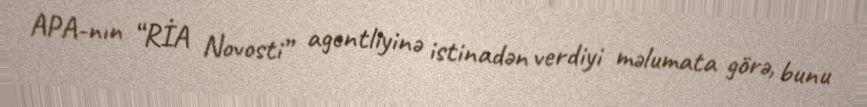
APA-nın “RİA Novosti” agentliyinə istinadən verdiyi məlumata görə, bunu